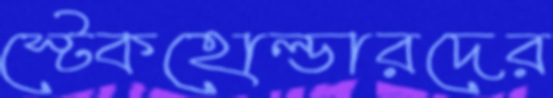
স্টেকহোল্ডারদের